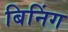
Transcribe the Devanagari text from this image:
बिनिंग